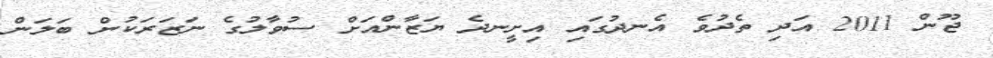
ޖޫން 2011 އަދި ތެދުވެ އެނދުގައި އިށީނދެ ޔަޒާންއަށް ސުވާލުގެ ނަޒަރަކުން ބަލަން